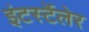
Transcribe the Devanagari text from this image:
इंटर्स्टेलेर